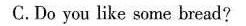
C.Do you like some bread?